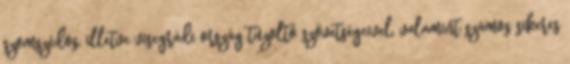
szomszédos, illetve visegrádi ország tűzoltó szövetségeivel, valamint számos sikeres